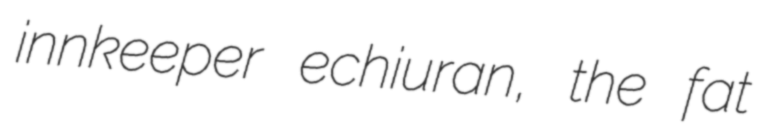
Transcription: innkeeper echiuran, the fat